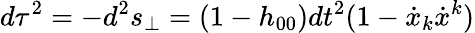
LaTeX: d\tau^{2}=-d^{2}s_{\perp}=(1-h_{00})dt^{2}(1-\dot{x}_{k}\dot{x}^{k})